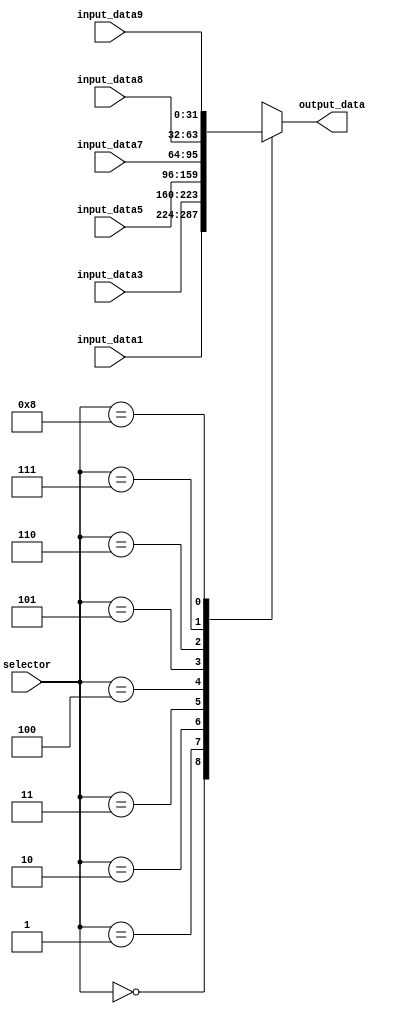
module data_selector(input [3:0]selector,
input [63:0]input_data1,input [63:0]input_data3,
input [63:0]input_data5,input [31:0]input_data7,input [31:0]input_data8,
input [31:0]input_data9,output [31:0]output_data);
wire [31:0]temp_reg[8:0];
assign temp_reg[0]=input_data1[63:32];assign temp_reg[5]=input_data5[31:0];
assign temp_reg[1]=input_data1[31:0];assign temp_reg[6]=input_data7;
assign temp_reg[2]=input_data3[63:32];assign temp_reg[7]=input_data8;
assign temp_reg[3]=input_data3[31:0];assign temp_reg[8]=input_data9;
assign temp_reg[4]=input_data5[63:32];
assign output_data=temp_reg[selector];
endmodule